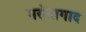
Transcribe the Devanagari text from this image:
मरोदागाद